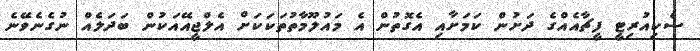
ސެކިއުރިޓީ ފީޗާއެއްގެ ދަށުން ކަމަށާއި އެގޮތުން އެ މައުލޫމާތުތަކަކަށް އެލްޖީއޭއަކުން ބަދަލެއް ނުގެނެވޭނެ